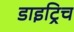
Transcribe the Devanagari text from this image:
डाइट्रिच